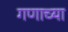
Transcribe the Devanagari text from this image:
गणाच्या